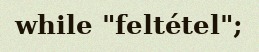
while "feltétel";